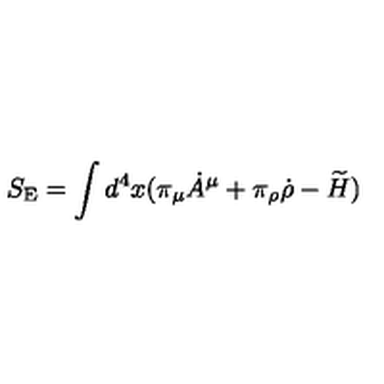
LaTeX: S _ { \mathrm { E } } = \int d ^ { 4 } x ( \pi _ { \mu } \dot { A } ^ { \mu } + \pi _ { \rho } \dot { \rho } - \widetilde { H } )